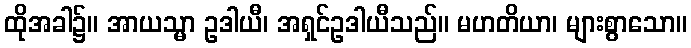
ထိုအခါ၌။ အာယသ္မာ ဥဒါယီ၊ အရှင်ဥဒါယီသည်။ မဟတိယာ၊ များစွာသော။